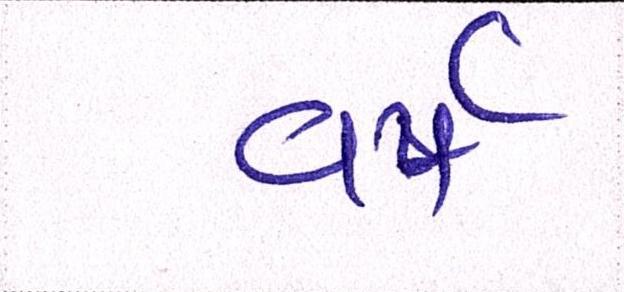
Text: વર્ષ